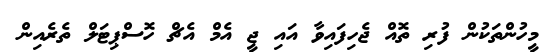
މީހުންތަކުން ފުރި ތޮއް ޖެހިފައިވާ އައި ޖީ އެމް އެޗް ހޮސްޕިޓަލް ތެރެއިން